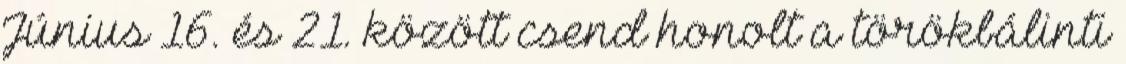
Június 16. és 21. között csend honolt a törökbálinti